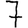
Digit: 7